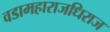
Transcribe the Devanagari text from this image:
वडामहाराजधिराज